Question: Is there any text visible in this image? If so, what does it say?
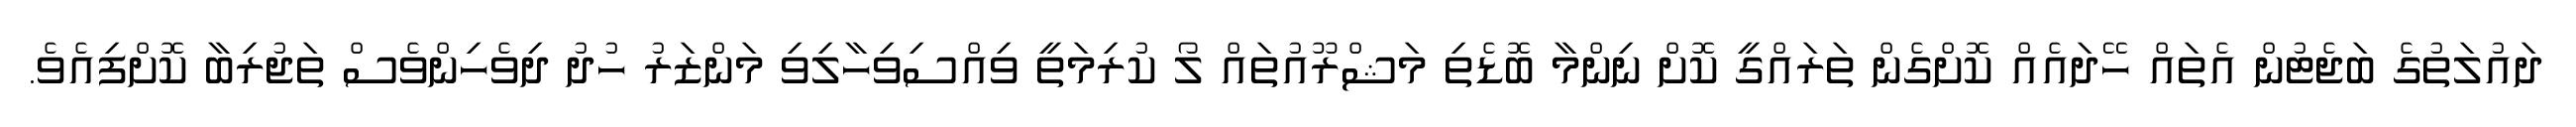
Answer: ދައުލަތުގެ ބަޖެޓުން އެތައް ހޭދައެއް ކޮށްގެން ތަރައްގީ ކޮށް ނިންމާ ބޮޑެތި މަޝްރޫއުތައް ލޯ ކުރިމަތީ ވިއްސިވިހާލިވި މަންޒަރު ހުދު ދިވެހިންވެސް ތަޖުރިބާ ކޮށްފިއެވެ.